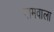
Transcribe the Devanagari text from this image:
नामवाला